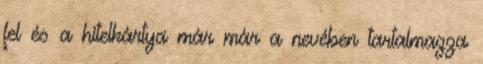
fel és a hitelkártya már már a nevében tartalmazza